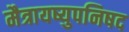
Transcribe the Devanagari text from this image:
मैत्रायष्युपनिषद